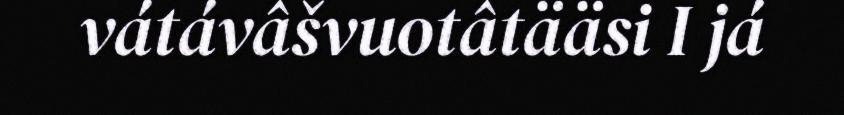
vátávâšvuotâtääsi I já